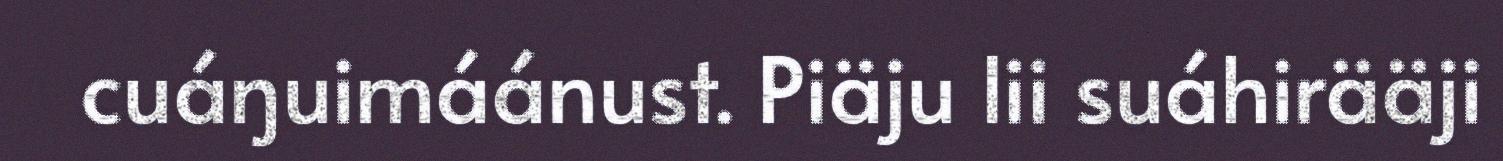
cuáŋuimáánust. Piäju lii suáhirääji